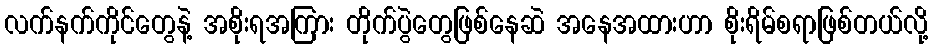
လက်နက်ကိုင်တွေနဲ့ အစိုးရအကြား တိုက်ပွဲတွေဖြစ်နေဆဲ အနေအထားဟာ စိုးရိမ်စရာဖြစ်တယ်လို့